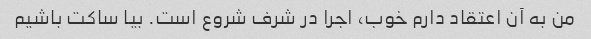
من به آن اعتقاد دارم خوب، اجرا در شرف شروع است. بیا ساکت باشیم